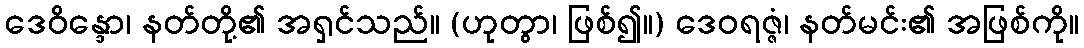
ဒေဝိန္ဒော၊ နတ်တို့၏ အရှင်သည်။ (ဟုတွာ၊ ဖြစ်၍။) ဒေဝရဇ္ဇံ၊ နတ်မင်း၏ အဖြစ်ကို။